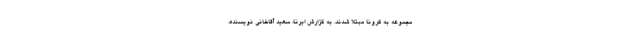
مجموعه به کرونا مبتلا شدند. به گزارش ایرنا، سعید آقاخانی نویسنده،